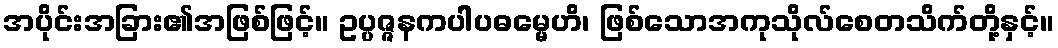
အပိုင်းအခြား၏အဖြစ်ဖြင့်။ ဥပ္ပဇ္ဇနကပါပဓမ္မေဟိ၊ ဖြစ်သောအကုသိုလ်စေတသိက်တို့နှင့်။